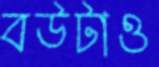
বউটাও